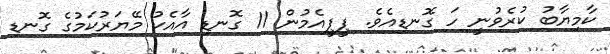
ކާމިޔާބު ކުރެވުނީ ހަ ގޮނޑިއެވެ. ޕީޕީއެމުން 11 ގޮނޑި އާއެކު މޭޔަރުކަމުގެ ގޮނޑި